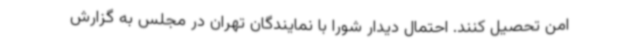
امن تحصیل کنند. احتمال دیدار شورا با نمایندگان تهران در مجلس به گزارش